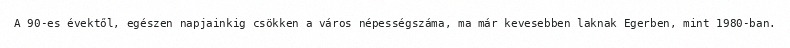
A 90-es évektől, egészen napjainkig csökken a város népességszáma, ma már kevesebben laknak Egerben, mint 1980-ban.